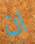
ان